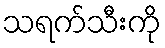
သရက်သီးကို